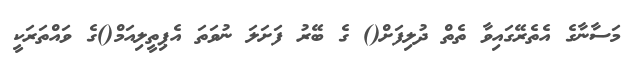
މަސާނާގެ އެތެރޭގައިވާ ތެތް ދުލިފަށް() ގެ ބޭރު ފަށަލަ ނުވަތަ އެޕިތީލިއަމް()ގެ ވައްތަރަކީ